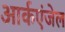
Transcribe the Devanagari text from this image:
आर्कएंजेल